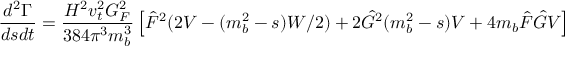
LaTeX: { \frac { d ^ { 2 } \Gamma } { d s d t } } = { \frac { H ^ { 2 } v _ { t } ^ { 2 } G _ { F } ^ { 2 } } { 3 8 4 \pi ^ { 3 } m _ { b } ^ { 3 } } } \left[ \hat { F } ^ { 2 } ( 2 V - ( m _ { b } ^ { 2 } - s ) W / 2 ) + 2 \hat { G } ^ { 2 } ( m _ { b } ^ { 2 } - s ) V + 4 m _ { b } \hat { F } \hat { G } V \right]